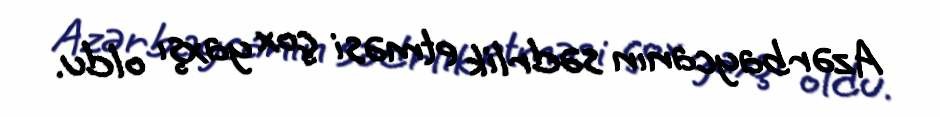
Azərbaycanın sədrlik etməsi çox yaxşı oldu.